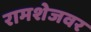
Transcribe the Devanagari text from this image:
रामशेजवर